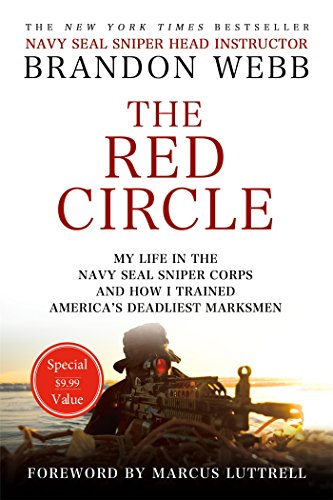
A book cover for The Red Circle: My Life in the Navy SEAL Sniper Corps and How I Trained America's Deadliest Marksmen; Brandon Webb; History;